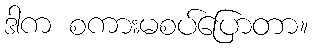
ဒါက စကားမစပ်ပြောတာ။